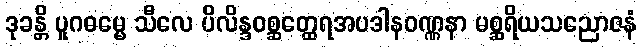
ဒုခန္တိ ပူဂဓမ္မေ သီလေ ပိလိန္ဒဝစ္ဆတ္ထေရအပဒါနဝဏ္ဏနာ မစ္ဆရိယသညောဇနံ